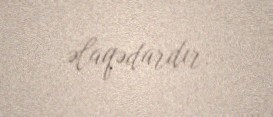
əlaqədardır.